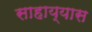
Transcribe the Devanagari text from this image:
साहाय्यास